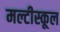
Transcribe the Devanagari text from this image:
मल्टीस्कूल